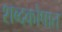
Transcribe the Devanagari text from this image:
शब्दकोषात